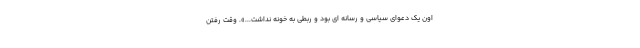
اون یک دعوای سیاسی و رسانه ای بود و ربطی به خونه نداشت...». وقت رفتن